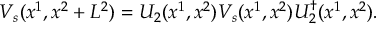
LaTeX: V _ { s } ( x ^ { 1 } , x ^ { 2 } + L ^ { 2 } ) = U _ { 2 } ( x ^ { 1 } , x ^ { 2 } ) V _ { s } ( x ^ { 1 } , x ^ { 2 } ) U _ { 2 } ^ { \dagger } ( x ^ { 1 } , x ^ { 2 } ) .